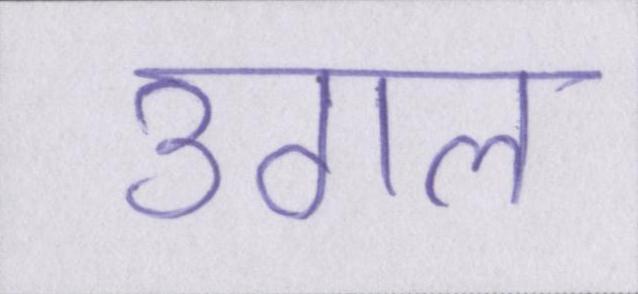
उगल